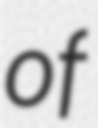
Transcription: of